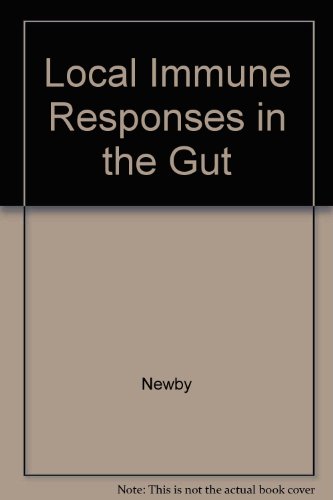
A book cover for Local Immune Responses Of The Gut; Timothy J. Newby; Medical Books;